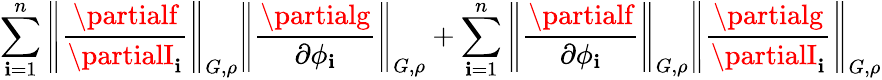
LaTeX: \displaystyle\sum_{\mathbf{i}=1}^{n}\left\| \frac{{\partialf}}{{\partialI_{\mathbf{i}}}}\right\| _{G,\rho}\left\| \frac{{\partialg}}{{\partial\phi_{\mathbf{i}}}}\right\| _{G,\rho}+\sum_{\mathbf{i}=1}^{n}\left\| \frac{{\partialf}}{{\partial\phi_{\mathbf{i}}}}\right\| _{G,\rho}\left\| \frac{{\partialg}}{{\partialI_{\mathbf{i}}}}\right\| _{G,\rho}